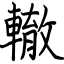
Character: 轍